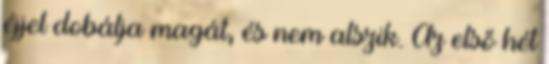
éjjel dobálja magát, és nem alszik. Az első hét